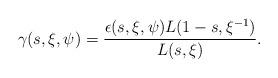
LaTeX: \begin{align*}\gamma(s,\xi,\psi)=\frac{\epsilon(s,\xi,\psi) L(1-s,\xi^{-1})}{L(s,\xi)}.\end{align*}